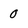
Character: 0